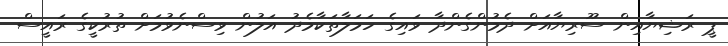
ޕީ ރަޝިޔާއިން ސޫރިޔާއަށް ދެމުންގެންދާ ވައިގެ ހަމަލާތަކާމެދު އަލުން ވިސްނެވުމަށް ތުރުކީގެ ރައީސް